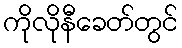
ကိုလိုနီခေတ်တွင်